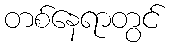
တစ်နေရာတွင်